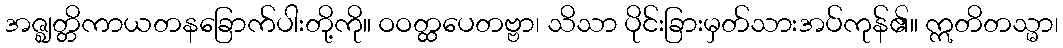
အဇ္ဈတ္တိကာယတနခြောက်ပါးတို့ကို။ ဝဝတ္ထပေတဗ္ဗာ၊ သိသာ ပိုင်းခြားမှတ်သားအပ်ကုန်၏။ ဣတိတသ္မာ၊